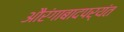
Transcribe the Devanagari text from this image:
औरंगाबादपर्यंत